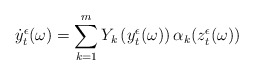
\begin{align*}\dot y_t^\epsilon(\omega)=\sum_{k=1}^m Y_k\left(y_t^\epsilon(\omega)\right)\alpha_k(z_t^\epsilon(\omega))\end{align*}